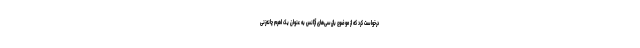
درخواست کرد که از موضوع بازرسی‌های آژانس به عنوان یک اهرم چانه‌زنی